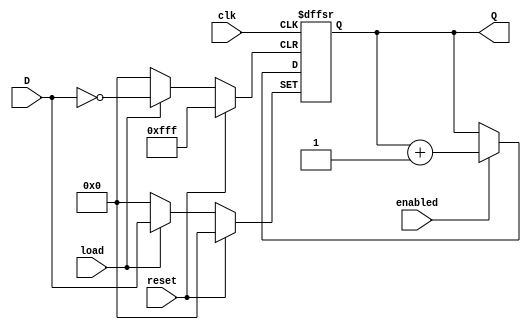
///// ELECTRNICA DIGITAL 1
///// AXEL MAZARIEGOS - 131212
///// 23 - OCTUBRE - 2020
/////
///// LABORATORIO 08
///// EJERCICIO 01



// Contador Especial
module contador(input wire clk,
                input wire reset,
                input wire enabled,
                input wire load,
                input wire [11:0] D,
                output reg [11:0] Q);

  always @(posedge clk or posedge reset or posedge load)
    begin
      if (reset) Q <= 0;
      else if (load) Q <= D;
      else if (enabled) Q <= Q+1;
      else Q <= Q;
    end
endmodule